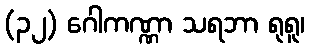
(၃၂) ဂေါကဏ္ဏာ သရဘာ ရုရူ၊